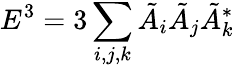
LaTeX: E^{3}=3\sum_{i,j,k}\tilde{A}_{i}\tilde{A}_{j}\tilde{A}_{k}^{*}